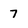
Character: 7